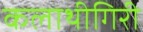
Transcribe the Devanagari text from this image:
कलाथीगिरी